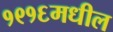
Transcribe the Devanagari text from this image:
१९१६मधील